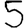
Digit: 5